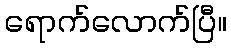
ရောက်လောက်ပြီ။